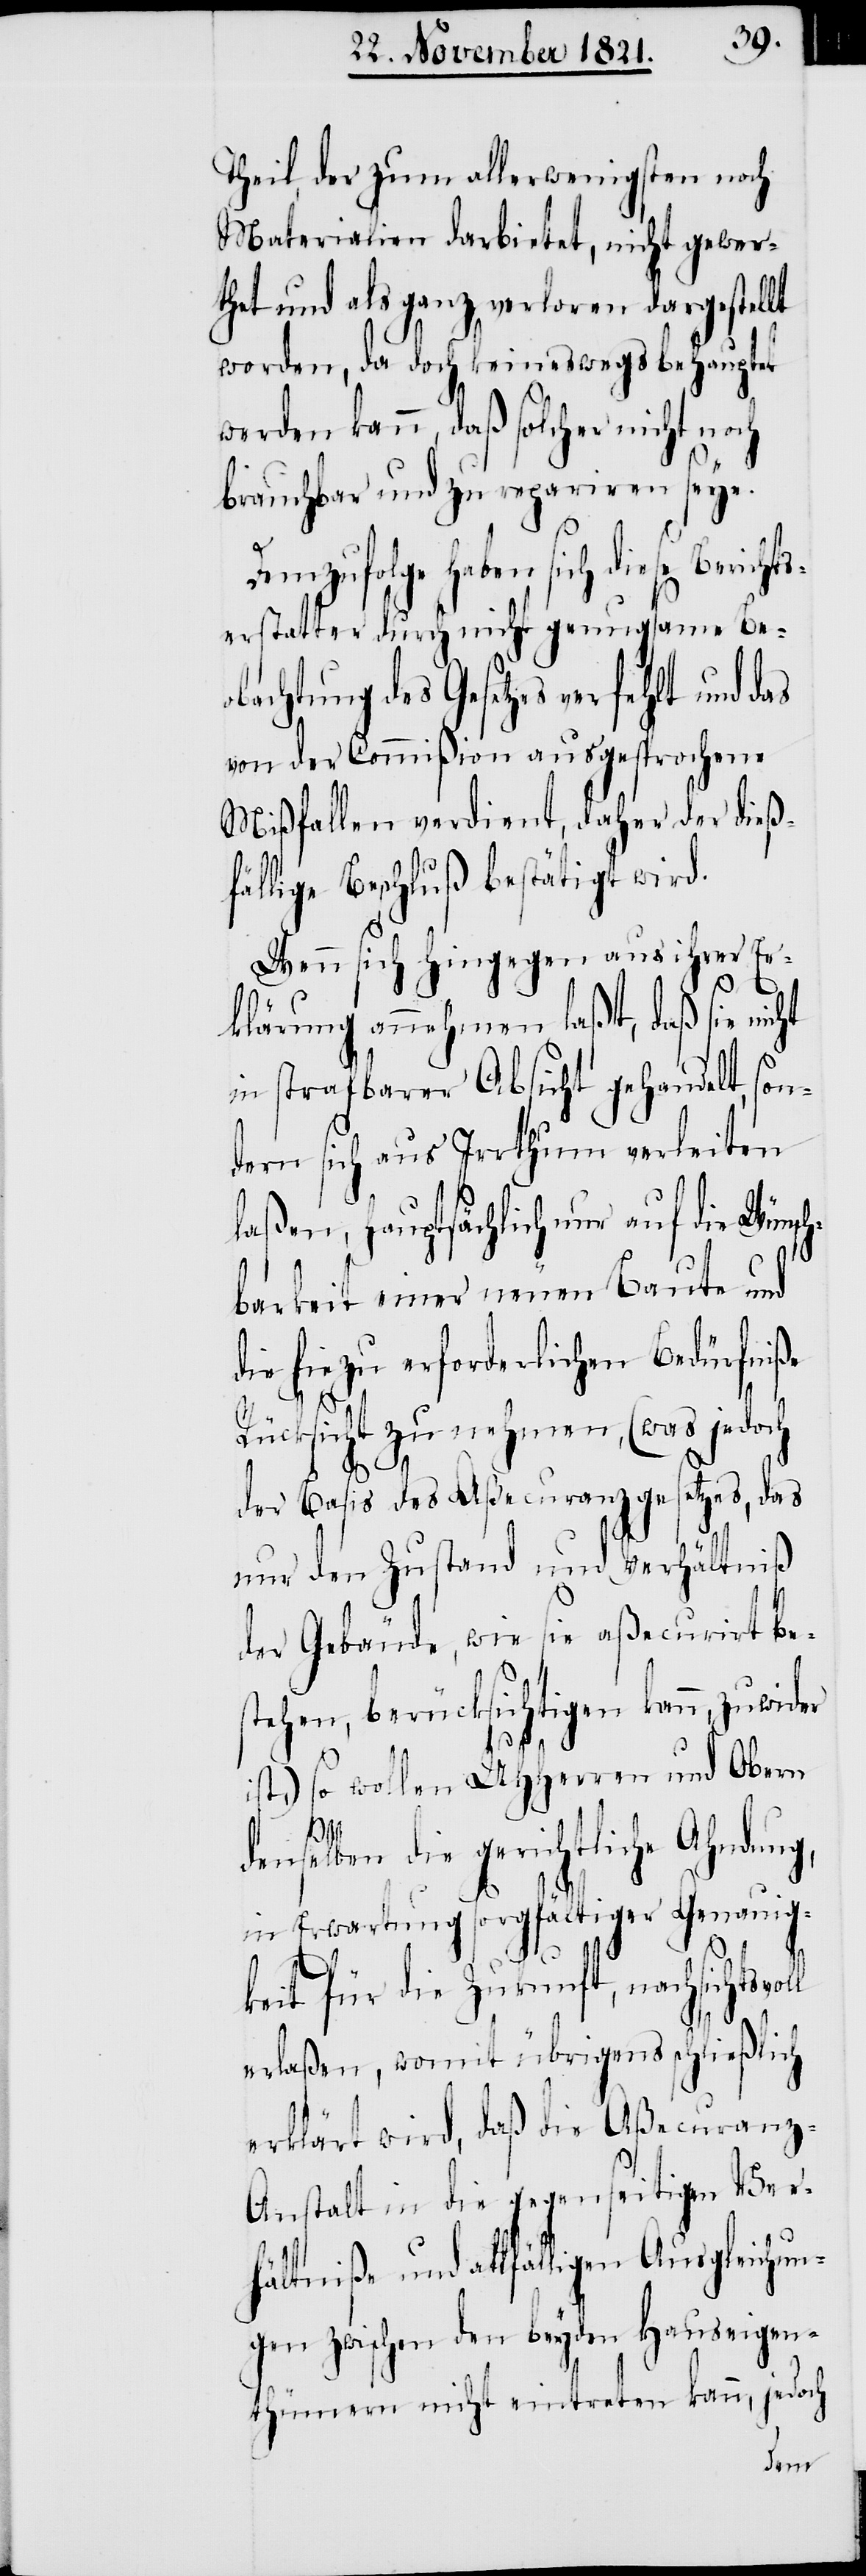
Theil, der zum allerwenigsten noch
Materialien darbietet, nicht gewer¬
thet und als ganz verloren dargestellt
worden, da doch keineswegs behauptet
werden kann, daß solcher nicht noch
brauchbar und zu repariren seye.
Demzufolge haben sich diese Berichts¬
erstatter durch nicht genugsame Beo¬
bachtung des Gesetzes verfehlt und
von der Commißion ausgesprochene
Mißfallen verdient, daher der dieß¬
fällige Beschluß bestätigt wird.
Wenn sich hingegen aus ihrer Er¬
klärung annehmen laßt, daß sie nicht
in strafbarer Absicht gehandelt, son¬
dern sich aus Irrthum verleiten
laßen, hauptsächlich nur auf die Wünsch¬
barkeit einer neuen Baute und
die hiezu erforderlichen Bedürfniße
Rücksicht zu nehmen, (was jedoch
der Basis des Aßecuranzgesetzes, das
nur den Zustand und Verhältniß
der Gebäude, wie sie aßecurirt be¬
stehen, berücksichtigen kann, zuwider
ist,) so wollen UHHerren und Obern
voll
elben die gerichtliche Ahndung,
in Erwartung sorgfältiger Genauig¬
keit für die Zukunft, nachsichts¬
erlaßen, womit übrigens schließlich
erklärt wird, daß die Aßecuranz-A¬
nstalt in die gegenseitigen Ver¬
hältniße und allfälligen Ausgleichun¬
gen zwischen den beyden Hauseigen¬
thümern nicht eintreten kann, jedoch